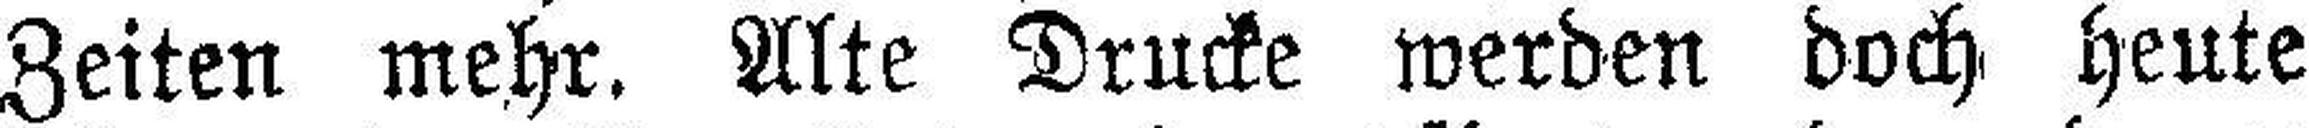
Zeiten mehr. Alte Drucke werden doch heute